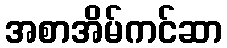
အစာအိမ်ကင်ဆာ